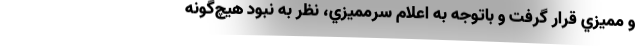
و مميزي قرار گرفت و باتوجه به اعلام سرمميزي، نظر به نبود هيچ‌گونه